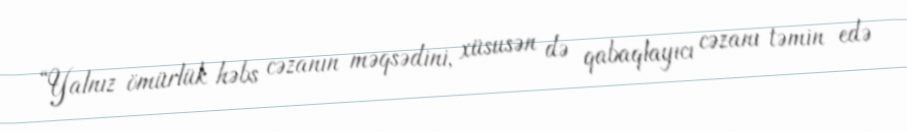
“Yalnız ömürlük həbs cəzanın məqsədini, xüsusən də qabaqlayıcı cəzanı təmin edə